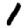
Digit: 1